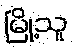
မြို့သူ